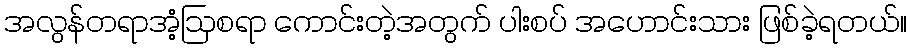
အလွန်တရာအံ့ဩစရာ ကောင်းတဲ့အတွက် ပါးစပ် အဟောင်းသား ဖြစ်ခဲ့ရတယ်။